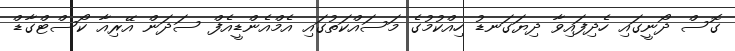
ގޮސް ދޯނީގައި ހެދިފައިވާ ދިޔަގަނޑު ހިއްކުމުގެ މަސައްކަތުގައި އެމްއެންޑީއެފް ސަދަން އޭރިއާ ކޯސްޓްގާޑް